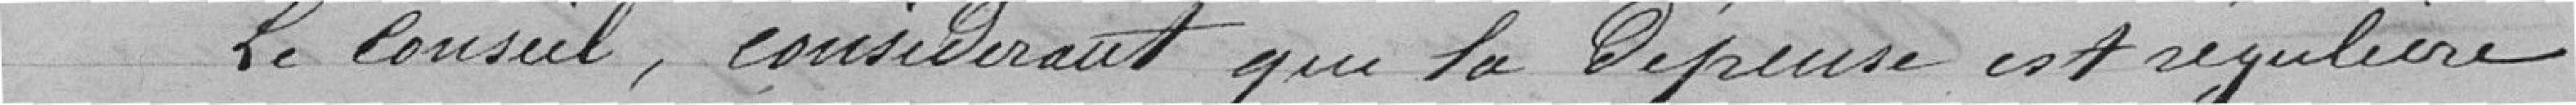
Le Conseil, considérant que la dépense est régulière,